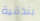
بندقية